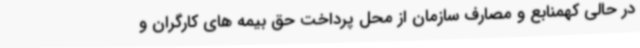
در حالی کهمنابع و مصارف سازمان از محل پرداخت حق بیمه های کارگران و